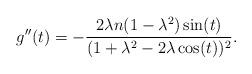
LaTeX: \begin{align*}g''(t)=-\frac{2\lambda n(1-\lambda^{2})\sin(t)}{(1+\lambda^{2}-2\lambda\cos(t))^{2}}.\end{align*}